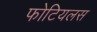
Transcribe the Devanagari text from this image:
फोटियलस